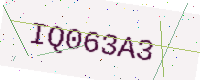
Text: IQ063A3